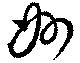
妙